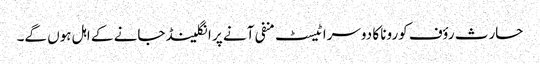
حارث رؤف کورونا کا دوسرا ٹیسٹ منفی آنے پر انگلینڈ جانے کے اہل ہوں گے۔